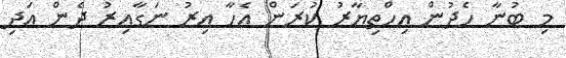
މި ބުނާ ހެދުން އިހްތިޔާރު ކުރަން އެހާ އިރު ނަގާއިރު ދެން އަދި